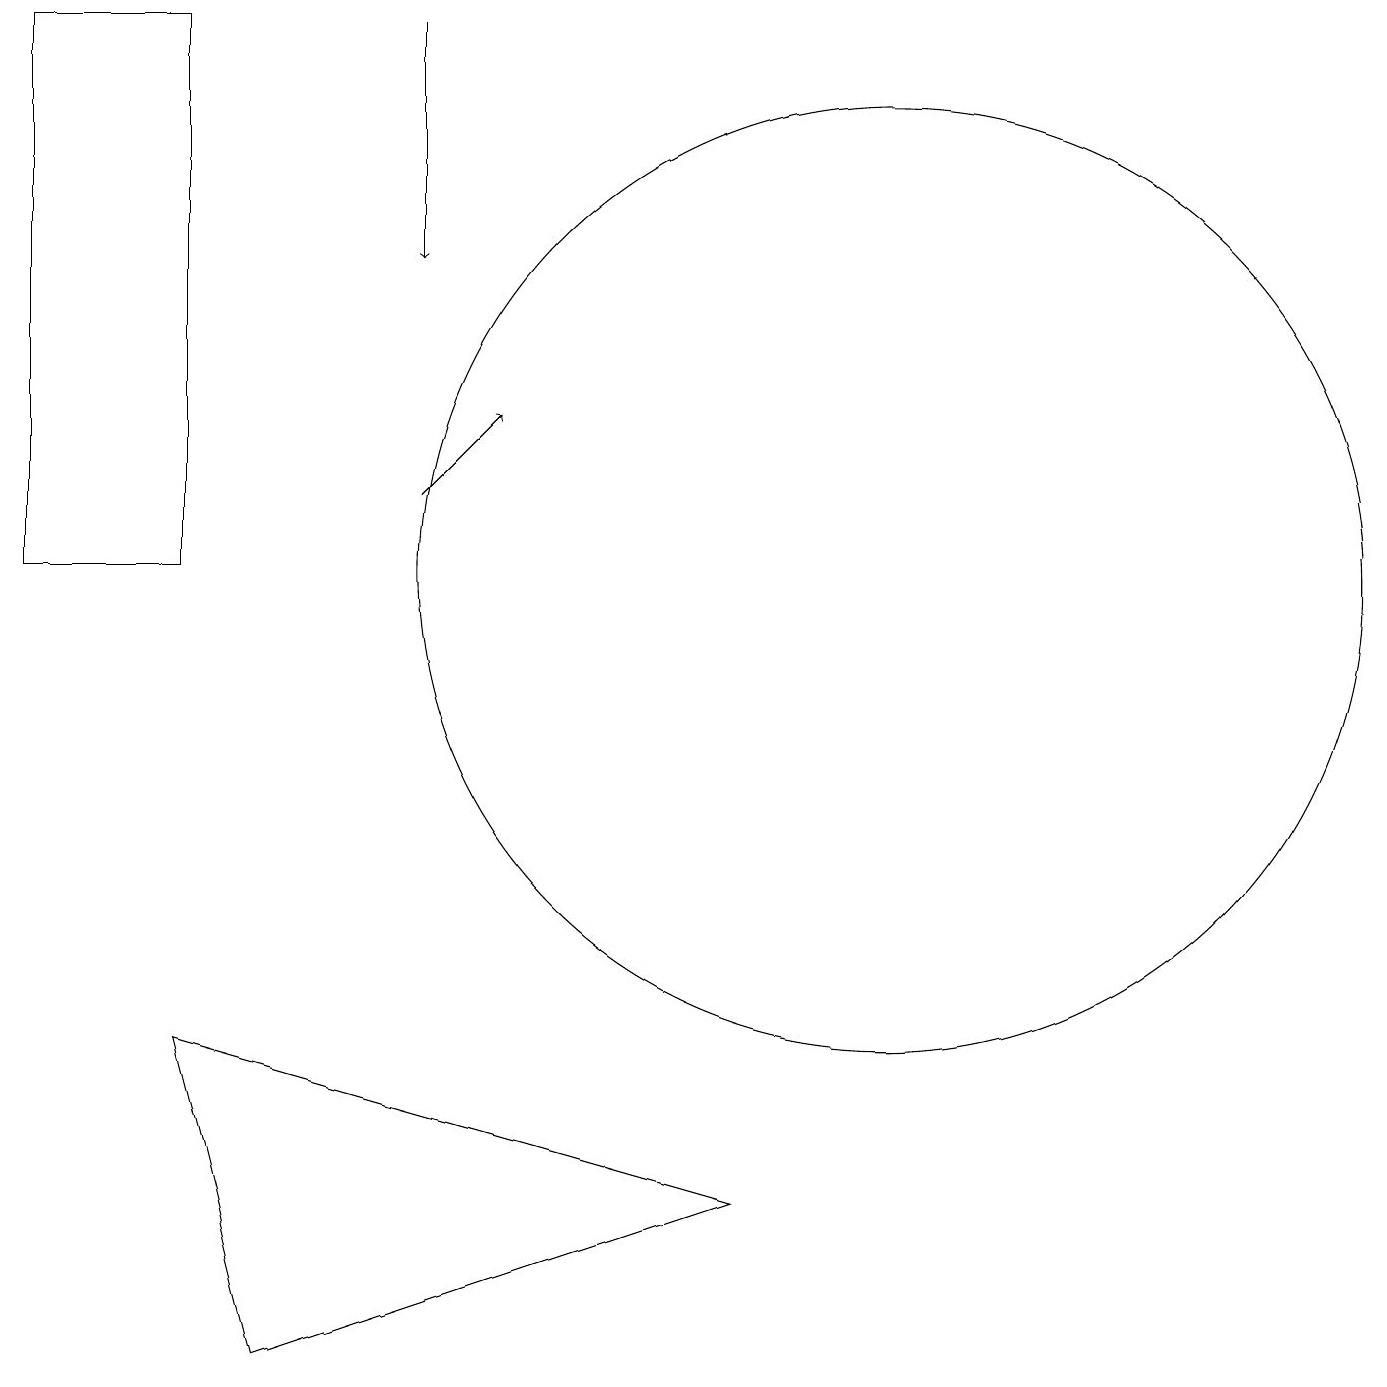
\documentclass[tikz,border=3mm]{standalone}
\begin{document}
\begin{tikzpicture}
\draw (2,5) -- (9,3) -- (3,1) -- cycle;
\draw[->] (5,12) -- (6,13);
\draw (11,11) circle (6);
\draw (0,18) rectangle (2,11);
\draw[->] (5,18) -- (5,15);
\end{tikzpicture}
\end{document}